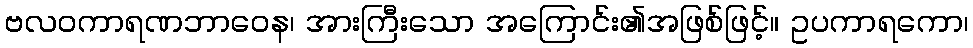
ဗလဝကာရဏဘာဝေန၊ အားကြီးသော အကြောင်း၏အဖြစ်ဖြင့်။ ဥပကာရကော၊